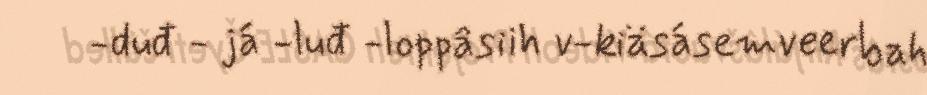
-duđ - já -luđ -loppâsiih v-kiäsásemveerbah